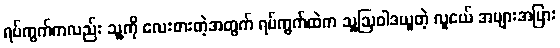
ရပ်ကွက်ကလည်း သူ့ကို လေးစားတဲ့အတွက် ရပ်ကွက်ထဲက သူ့ဩဝါဒယူတဲ့ လူငယ် အများအပြား